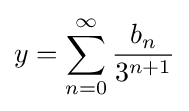
y=\sum _{n=0}^{\infty }{\frac {b_{n}}{3^{n+1}}}